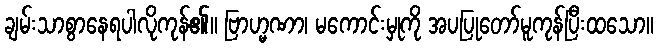
ချမ်းသာစွာနေရပါလိုကုန်၏။ ဗြာဟ္မဏာ၊ မကောင်းမှုကို အပပြုတော်မူကုန်ပြီးထသော။